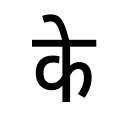
OCR:
के